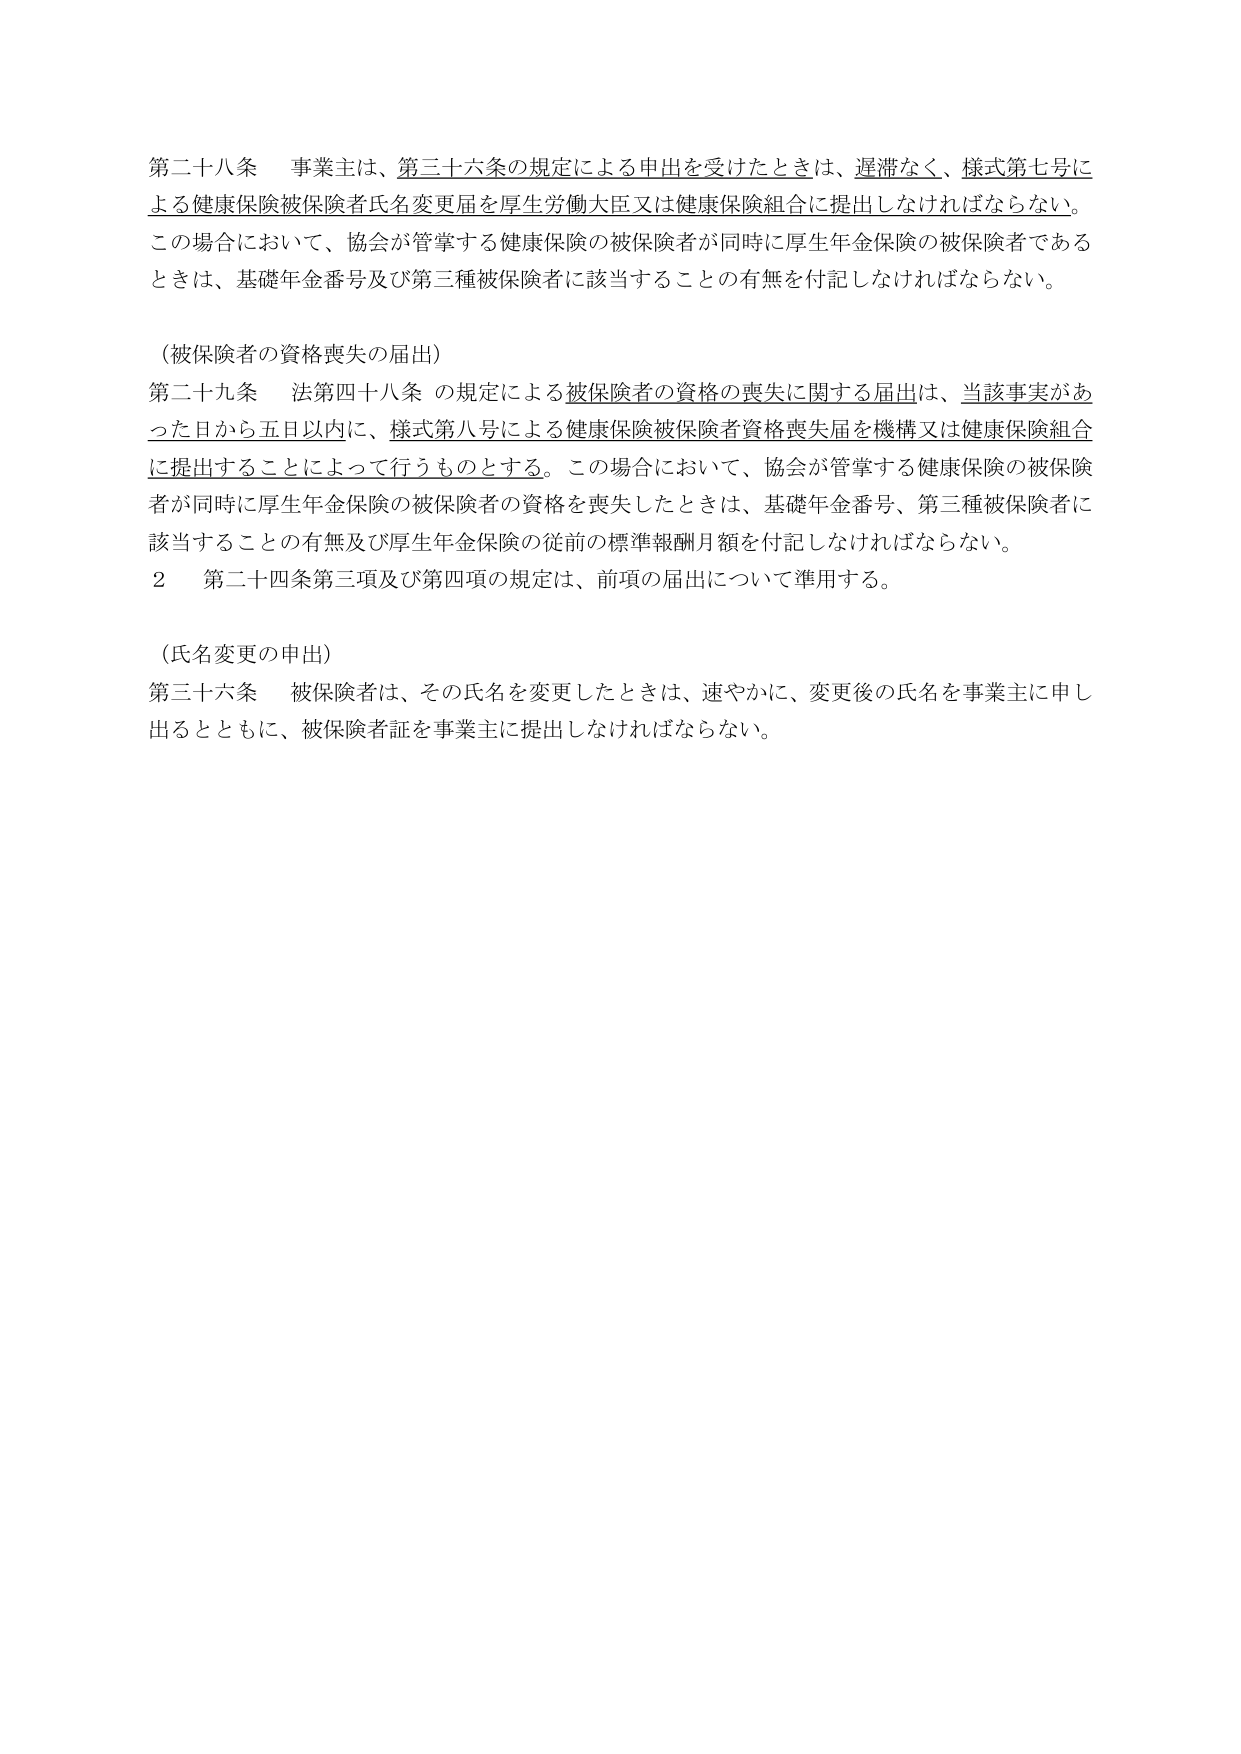
第二十八条 事業主は、第三十六条の規定による申出を受けたときは、遅滞なく、様式第七号による健康保険被保険者氏名変更届を厚生労働大臣又は健康保険組合に提出しなければならない。この場合において、協会が管掌する健康保険の被保険者が同時に厚生年金保険の被保険者であるときは、基礎年金番号及び第三種被保険者に該当することの有無を付記しなければならない。

（被保険者の資格喪失の届出）

第二十九条 法第四十八条の規定による被保険者の資格の喪失に関する届出は、当該事実があった日から五日以内に、様式第八号による健康保険被保険者資格喪失届を機構又は健康保険組合に提出することによって行うものとする。この場合において、協会が管掌する健康保険の被保険者が同時に厚生年金保険の被保険者の資格を喪失したときは、基礎年金番号、第三種被保険者に該当することの有無及び厚生年金保険の従前の標準報酬月額を付記しなければならない。

２ 第二十四条第三項及び第四項の規定は、前項の届出について準用する。

（氏名変更の申出）

第三十六条 被保険者は、その氏名を変更したときは、速やかに、変更後の氏名を事業主に申し出るとともに、被保険者証を事業主に提出しなければならない。